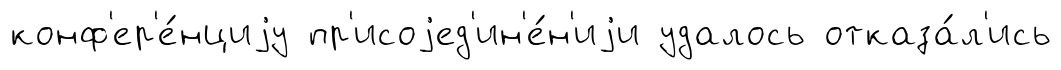
конф'ер'е́нциjу пр'исоjед'ин'е́н'иjи удалось отказа́л'ись